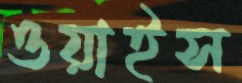
ওয়াইস